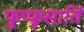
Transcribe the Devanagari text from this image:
फुप्फुसार्ति